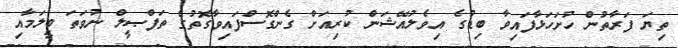
ތިޔަ ފަރާތުން ހުށަހަޅާފައިވާ ބިޑުގެ އިވެލުއޭޝަން ކުރިއަށް ގެންގޮސްފައިވާގޮތުގެ ތަފްޞީލް ނުވަތަ ބީލަމާއި